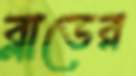
ব্লাডের